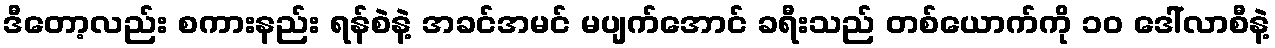
ဒီတော့လည်း စကားနည်း ရန်စဲနဲ့ အခင်အမင် မပျက်အောင် ခရီးသည် တစ်ယောက်ကို ၁၀ ဒေါ်လာစီနဲ့